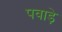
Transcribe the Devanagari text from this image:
पवाड़े